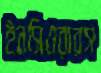
ইনসিওরারস